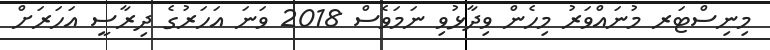
މިނިސްޓަރ މުނައްވަރު މިހެން ވިދާޅުވި ނަމަވެސް 2018 ވަނަ އަހަރުގެ ދިރާސީ އަހަރަށް